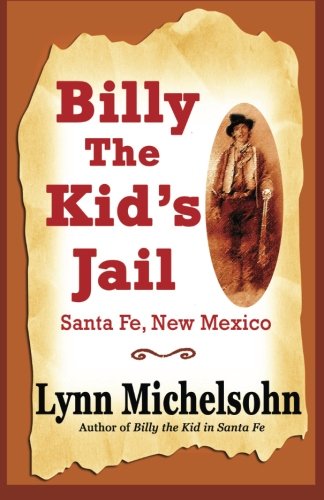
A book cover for Billy the Kid's Jail, Santa Fe, New Mexico: A Glimpse into Wild West History on the Southwest's Frontier; Lynn Michelsohn; Travel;